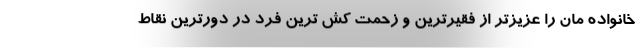
خانواده مان را عزیزتر از فقیرترین و زحمت کش ترین فرد در دورترین نقاط